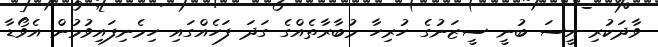
ވާދަކުރި އީސަ ބުނީ ސީޒަނުގެ ހުރިހާ މުބާރާތެއްގެ ގަދަ ފަހެއްގައި ހިމެނިފައިވުމުން އެވޯޑާ